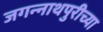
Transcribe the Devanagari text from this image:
जगन्‍नाथपुरीच्या